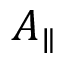
A _ { \parallel }